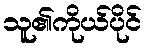
သူ၏ကိုယ်ပိုင်